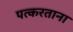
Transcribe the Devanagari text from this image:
पत्करताना